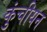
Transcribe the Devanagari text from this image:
कुंचीयन